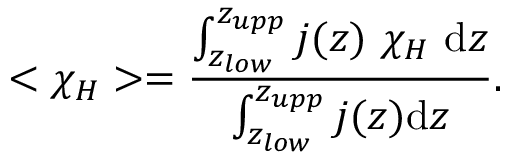
< \chi _ { H } > = \frac { \int _ { z _ { l o w } } ^ { z _ { u p p } } j ( z ) ~ \chi _ { H } ~ \mathrm { d } z } { \int _ { z _ { l o w } } ^ { z _ { u p p } } j ( z ) \mathrm { d } z } .